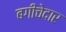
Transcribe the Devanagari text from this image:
बगीचेदार